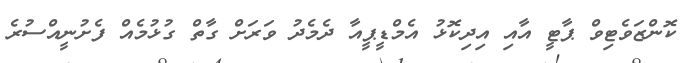
ކޮންޒަވެޓިވް ޕާޓީ އާއި އިދިކޮޅު އެމްޑީޕީއާ ދެމެދު ވަރަށް ގާތް ގުޅުމެއް ފެށުނީއްސުރެ